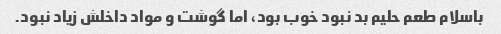
باسلام طعم حلیم بد نبود خوب بود، اما گوشت و مواد داخلش زیاد نبود.